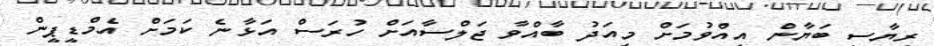
ރިޔާސީ ބަޔާން އިއްވުމަށް މިއަދު ބާއްވާ ޖަލްސާއަށް ހުރަސް އަޅާނެ ކަމަށް އެމްޑީޕީން